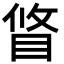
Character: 䀺